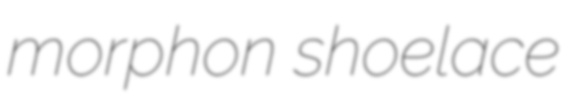
morphon shoelace